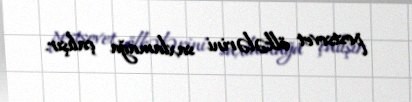
postsovet ölkələrini saxlamağa çalışır.